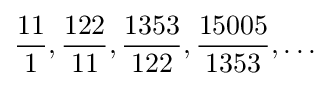
{\frac {11}{1}},{\frac {122}{11}},{\frac {1353}{122}},{\frac {15005}{1353}},\ldots